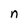
Character: n